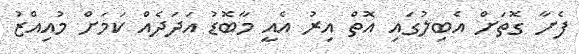
ފެށާ ގޮތަށް އެބިލުގައި އޮތް އިރު އެއީ މާބޮޑު އަދަދެއް ކަމަށް މުއިއްޒު